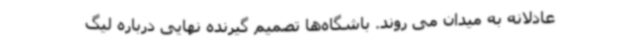
عادلانه به میدان می روند. باشگاه‌ها تصمیم گیرنده‌ نهایی‌ درباره لیگ